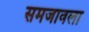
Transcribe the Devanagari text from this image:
समजावला